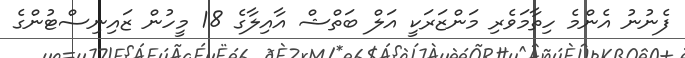
ފެނުނު އެންމެ ހިތާމަވެރި މަންޒަރަކީ އަލް ބަތްޝް އާއިލާގެ 18 މީހުން ޒައިނިސްޓުންގެ